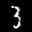
Label: 3